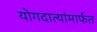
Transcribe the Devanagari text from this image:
योगदात्यांमार्फत